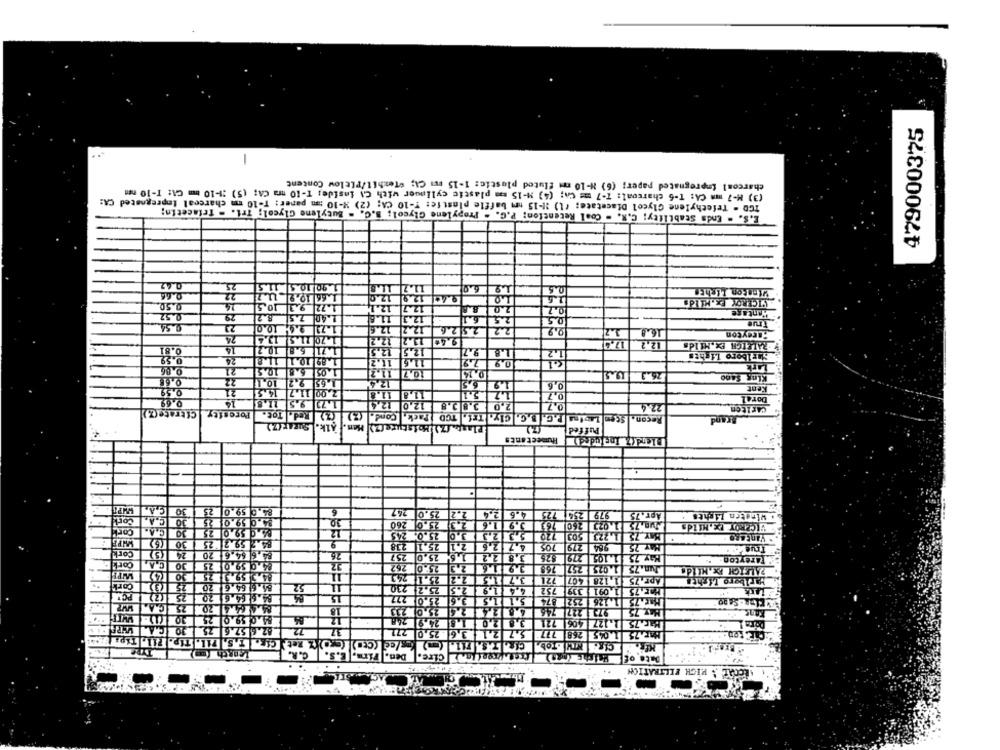
479000375
-
charcoal impregnated paper; (6) N-10 mm fluted plastic: 1-15 Fus CA; "Texhil/Pitlow Content
(3) M-7 mm CA: T-6 charcoal: 7-7 ms Ch; (4) M-15 mm plastic cylinder with Ci inside; T-10 mra CA; (5) :1-10 mm CA: T-10 nm
ICD - Tefethylene Glycol Diacetate: (1) 11-15 um baffle plastic: T-10 CA: (2) 2-10 am paner: T-10 mm charcoal Impregnated CA:
E.S. - Enda Stability: C.R. - Cool Retention; P.C. - Propylene Glycol; B.C. = Butylene Glycol; Tri. - Triacetin;
0.42
25.
1. 90 10 5 11.5
0.66
22
1.66 10.9.1.7
6.0
Wingkon Lichen
AVICEROY EX.MIIds
0.50
24
1.72 9.3 10.5
12.7 .12.1
2.0
0.2
0.52
1.40 7.5 8.2
12.3 11.8
0.5
True
21
.. 12.2 12.6
252.6.
2.2
0.2
16.8.
24
1.70 1.5 1.4
12,2
Fareyton
13.2 12.2
9.4₺
17.4
RALEIGH EX.Hilda
0.81
14
1 6.8 0.2
12.5 12.5
9.7
1.2
0.59
24
1.89 0.1 1.3
11.6 11.2
7,9
5.1
0.86
21
Lark
1.05 5.8 0 5
11.2
10.7
0,14
76.3
King $4no
0,65
22
1.65 9.2 10,4
12,4
6,5
0,6
0,59
21
7.00 11.7 4.5
Kent
11,8
1.2
0,7
0,69
1.73 9.5 11.8
3.8 5.8 12.0 2.4
2.0
0.7
22.4
Poresit & Citrate(Z)
(Z)|Red. Tot.
Recon. Scon Lentas P.C. B.C. Cly. Tri. TCD Pack, Cond. (2)
CARIEen
Brand
Alk. LSuzar (Z)
Planta,(7) Moisture (2) Hen.
Puffed
Humectants
C.A.
30
25
84.6 59.0
6
25.7
25.0
1.2
979 254 725
Cork
C.A.
4.6 2,4
Apr. 75
Winsten Lights
30
4.0 59.01
30
260
23.0 260
2.3
3.9 1.6
NE, 75 1.023 260
VICEROY PX,MIIds
Cork
30
06.0 59.0 25
12
25.0. 243
3.0
5,3 2,3
MAY 75 1.223 503 720
Vintage
30
84.7 59.2 25
2
25,1 238
2.1
4,7 2,6
LMHAY 25 984 279 705
True
Cork
(5)
24
84 6 64.6 20
26
3.8 2,2
Hay 75 1.105 279 825
Cot
C.A.
30
TAreytog
4.0 59.0 25
32
25-0 262
2,2
3.9 1.6
Jun.75 1.025 257 768
25
4.55
25.1 241
3.7 1.3
721
Apr. 75 1,128 407
Marlboro Tights
Cork
(3)
25
84.6 64.6 20
52
25.2 230
4.4 1.9 2.5
Mar.75 1.091 339 752
PCM
75
72
84.614.6
15
25.0 277
3.6
5.1
874
11.126 252
Mar.75
C.A
25
20
25.0 233
18
227
30
54.0 59.0 25
248
74.91
3.8 2.0
.127 406 72
Mar.75
82.6 57.6 25
72
£771
5.7 2.1 3.6 .25.0
1.045 268
75
CAE: ROD-
Den. Firm. E.S. C.R.
Date of
. LECOAL . MICH FILTRATICH